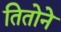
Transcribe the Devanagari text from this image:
तितोने